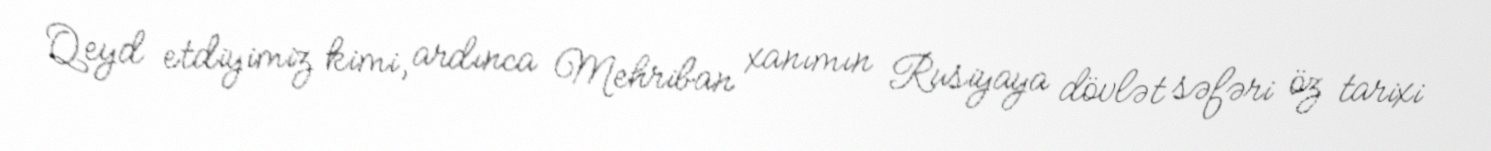
Qeyd etdiyimiz kimi, ardınca Mehriban xanımın Rusiyaya dövlət səfəri öz tarixi